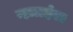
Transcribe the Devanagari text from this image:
म्हाळईसा